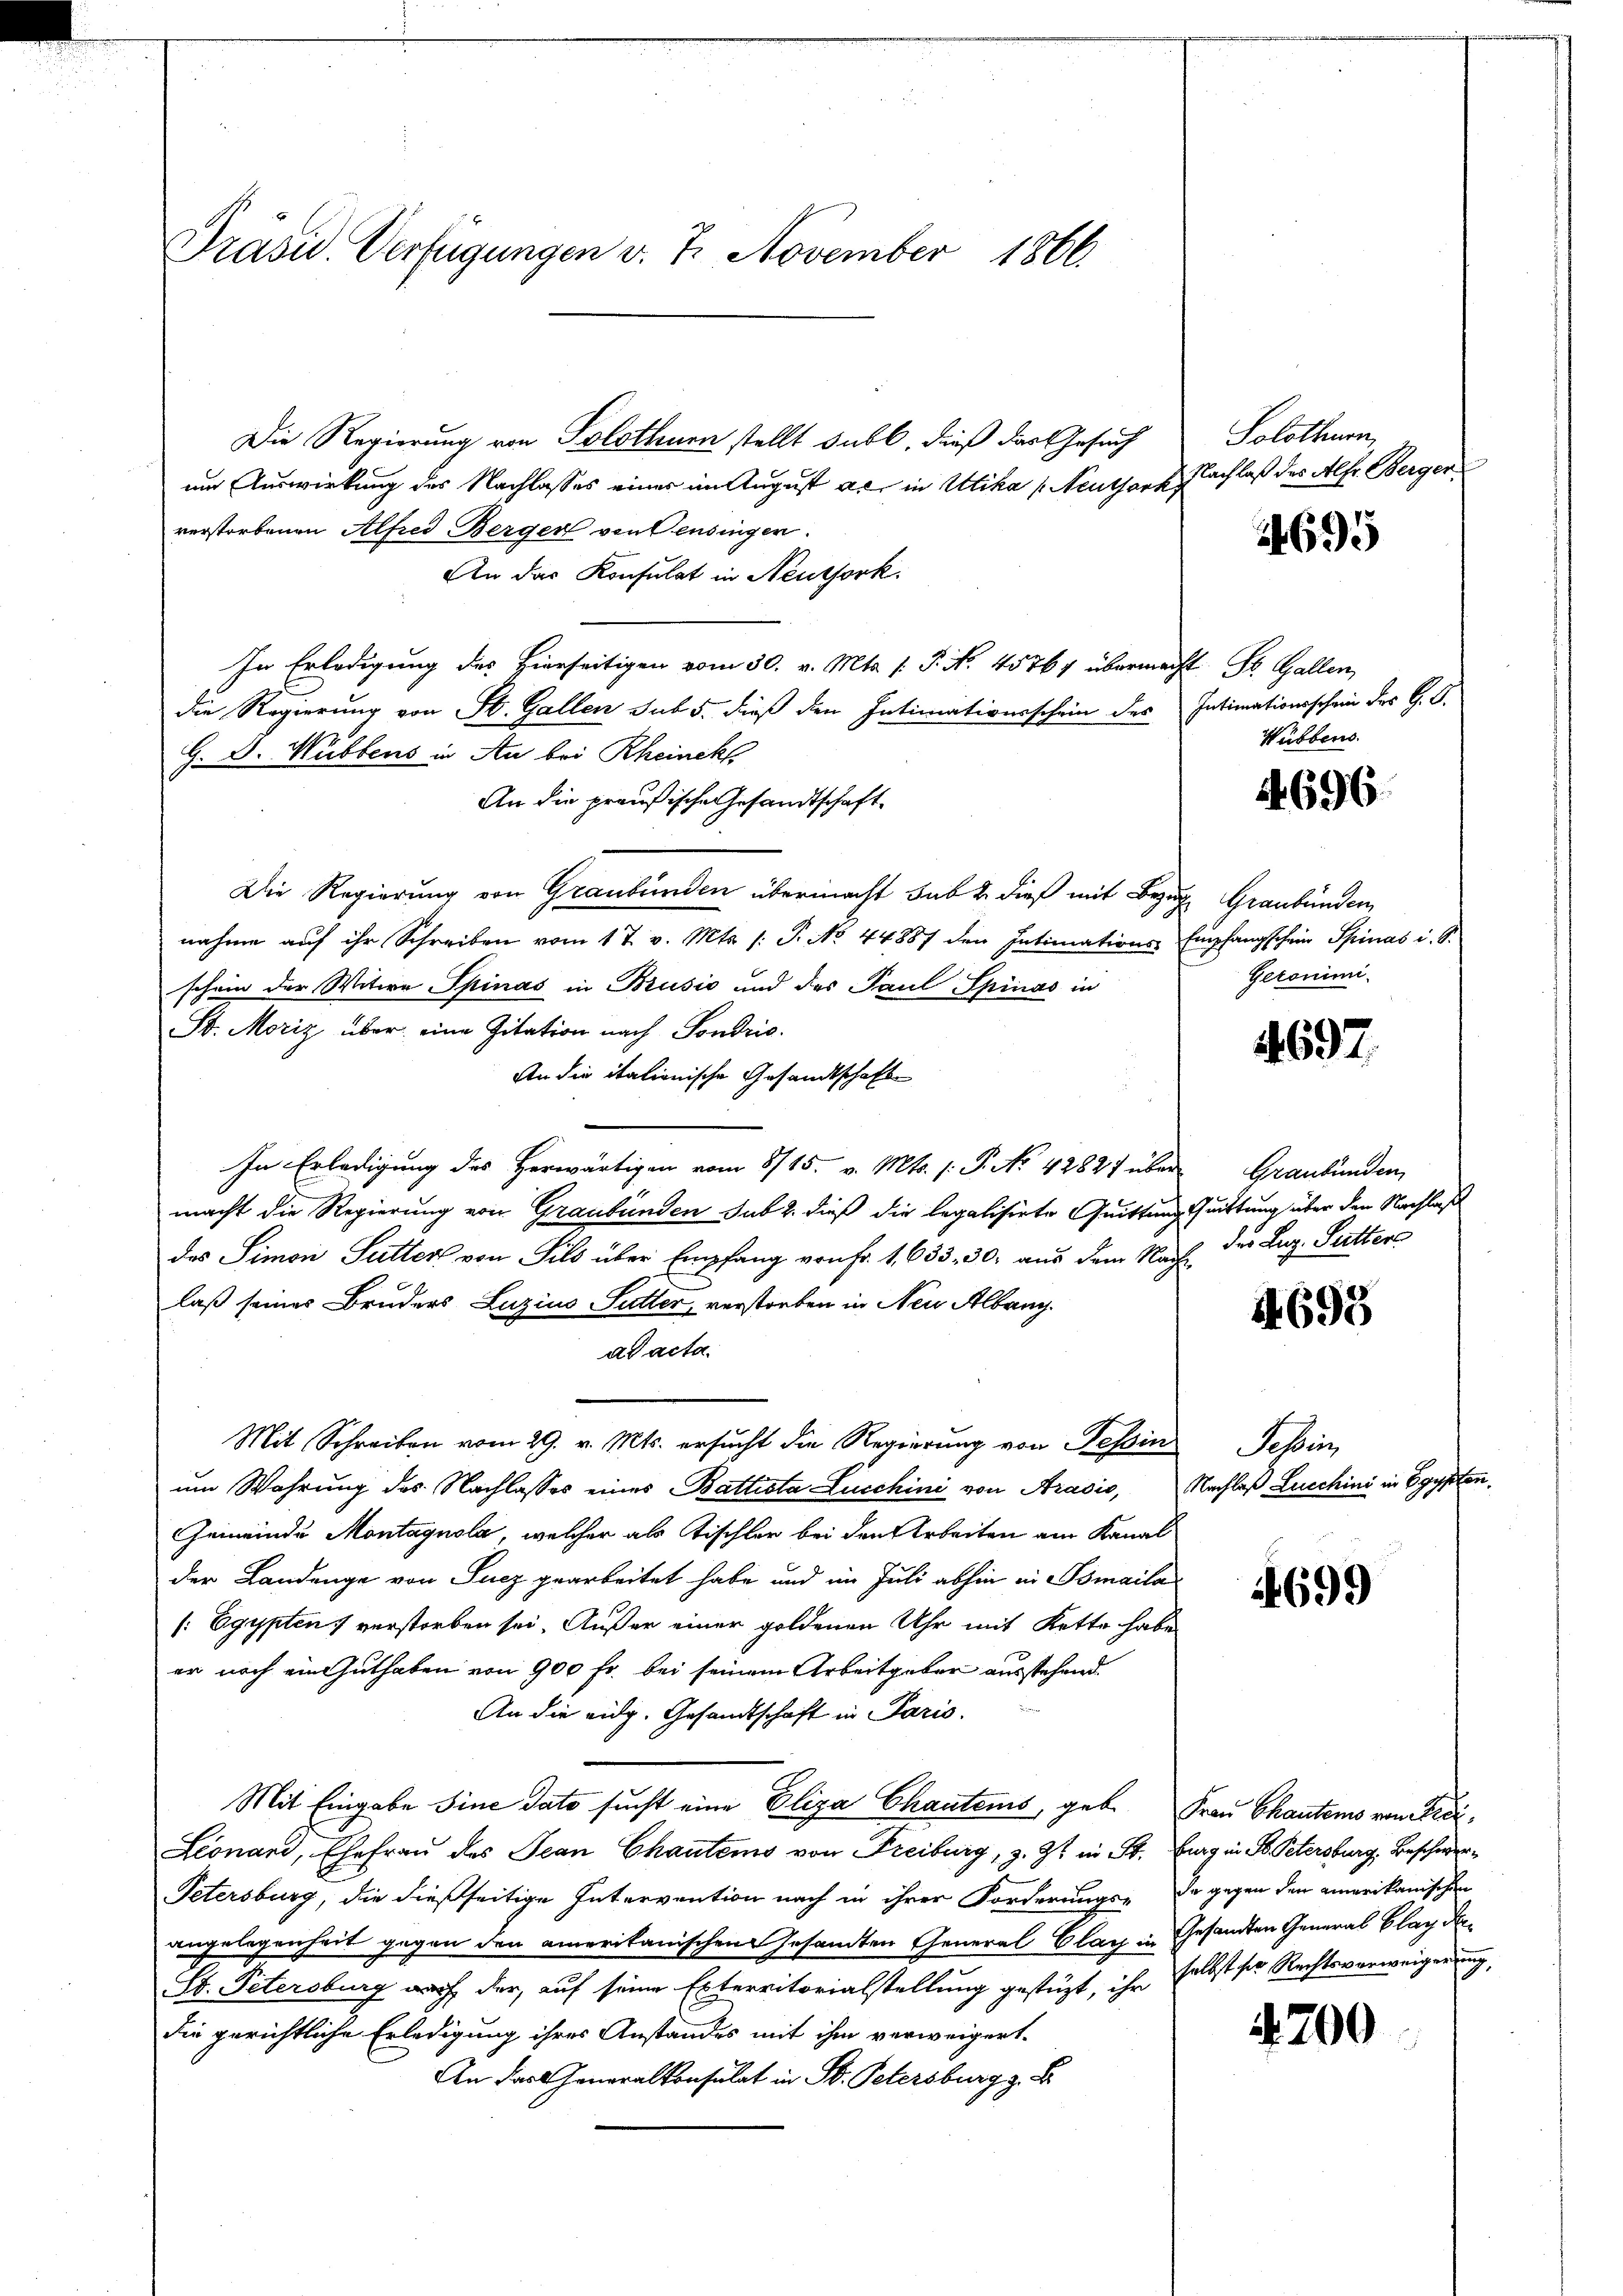
Präsid. Verfügungen v. 7. November 1866.

Die Regierung von Solothurn stellt subl. dieß das Gesuch
im Auswirkung des Nachlasses einer im August als in Utika (Neuthork
verstorbenen Alfred Berger von Pensingen.
An das Konsulat in Neutfork.
In Erledigung des Hierseitigen vom 30. v. Mts. f. P. Nr. 45764 übermacht. St. Gallen,
die Regierung von St. Gallen sub 5. dieß den Intimationsschein des
G. D. Hubbens in An bei Rheinckl
An die preußische Gesandtschaft
Die Regierung von Graubünden übermacht sub 2 dieß mit Bezug Graubünden,
nahme aŭf ihr Schreiben vom 17. v. Mts. /: P. No. 44887 den Intimations- Empfangschein Spinas i. S.
schein der Witwe Spinas in Brusić und des Paul Spinas in
St. Moriz über eine Zitation nach Sondric
An die italionische Gesandtschaft
In Erledigung des Herwärtigen vom 8/15. v. Mts. (: P. No 42827 über Graubünden,
macht die Regierung von Graubünden sub 2. dieß die legalisirte Quittung Quittung über den Nachlaß
das Simon Sutter von Sils über Empfang von Fr. 1, 633, 30. aus dem Nachlaß seiner Bruders Luzius Sutter, verstorben in Neu Albang
ad acta.
Mit Schreiben vom 29. v. Mts. ersucht die Regierung von Tessin
um Wahrung des Nachlasses eines Battista Lucchini von Arasio, Nachlaß Lucchini in Egypter
Gemeinde Montagnola, welcher als Tischler bei den Arbeiten am Kanal
der Landenge von Sucz gearbeitet habe und im Juli abhin in smaila
[: Egypten verstorben sei. Außer einer goldenen Uhr mit Kette habe
er noch ein Guthaben von 900 fr. bei seinem Arbeitgeber ausstehend
An die eidg. Gesandtschaft in Paris.
Mit Eingabe sine dato sucht eine Eliza Chautens, geb. Frau Chautens vom Krei¬
Leonand, Ehefrau des Jean Chautems von Freiburg, z. Zt. in Fr. Burg in B. Petersburg, Beschwer¬
Petersburg, die dießseitige Intervention nach in ihrer Forderungs- da gegen den amerikanischen
angelegenheit gegen den amerikanischen Gesandten General Clag in Gesandten General Blag dar¬
St. Petersburg nach der, auf seine Exterritorialstellung gestüzt, ihr selbst ser Rechtsverweigerung,
die gerichtliche Erledigung ihres Anstandes mit ihm verweigert.
An das Generalkonsulat in B. Petersburg z. B.

Solothurn,
Nachlaß des Alfr. Berger

1695

Intimationsschein des G. P.
Wübben.

4696

Geronimi-

4697.

des Luz. Sutter

14693

Schein

4699

700